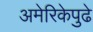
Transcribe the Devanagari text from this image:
अमेरिकेपुढे